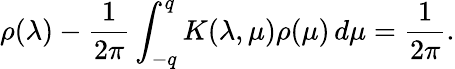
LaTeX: \rho(\lambda)-\frac{1}{2\pi}\int_{-q}^{q}K(\lambda,\mu)\rho(\mu)\, d\mu=\frac{1}{2\pi}.